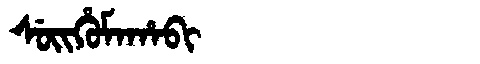
Manchu: ᠰᡠᡳᡥᡠᠮᠠᡥᠠᠪᡳ
Romanization: SUIHUMAHABI